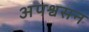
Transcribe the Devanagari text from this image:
अपश्वसन